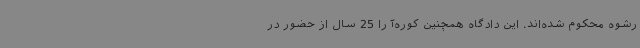
رشوه محکوم شده‌اند. این دادگاه همچنین کوره‌آ را 25 سال از حضور در